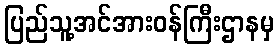
ပြည်သူ့အင်အားဝန်ကြီးဌာနမှ